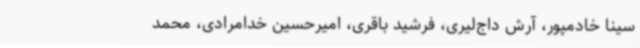
سینا خادمپور، آرش داج‌لیری، فرشید باقری، امیرحسین خدامرادی، محمد